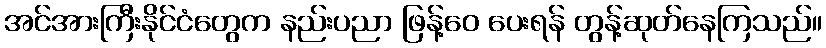
အင်အားကြီးနိုင်ငံတွေက နည်းပညာ ဖြန့်ဝေ ပေးရန် တွန့်ဆုတ်နေကြသည်။